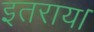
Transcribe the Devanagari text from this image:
इतराय।